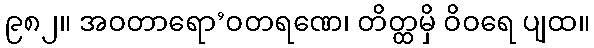
၉၈၂။ အဝတာရော’ဝတရဏေ၊ တိတ္ထမှိ ဝိဝရေ ပျထ။